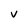
Character: V